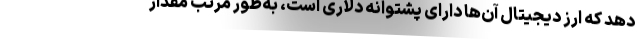
دهد که ارز دیجیتال آن‌ها دارای پشتوانه دلاری است، به‌طور مرتب مقدار